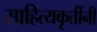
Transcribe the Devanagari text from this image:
साहित्यकृतींनी